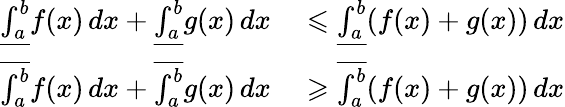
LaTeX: \begin{array}{rl}{{\underline{{\int_{a}^{b}}}}f(x)\, dx+{\underline{{\int_{a}^{b}}}}g(x)\, dx}&{{}\leqslant{\underline{{\int_{a}^{b}}}}(f(x)+g(x))\, dx}\\ {{\overline{{\int_{a}^{b}}}}f(x)\, dx+{\overline{{\int_{a}^{b}}}}g(x)\, dx}&{{}\geqslant{\overline{{\int_{a}^{b}}}}(f(x)+g(x))\, dx}\end{array}